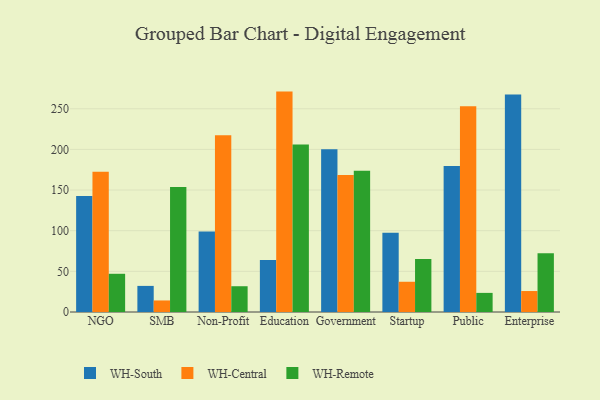
{"axis": {"x": "Segment", "y": "Shipments"}, "legend": ["WH-Central", "WH-Remote", "WH-South"], "data": [{"x": "NGO", "y": 142.7, "type": "WH-South"}, {"x": "NGO", "y": 172.4, "type": "WH-Central"}, {"x": "NGO", "y": 47.0, "type": "WH-Remote"}, {"x": "SMB", "y": 32.1, "type": "WH-South"}, {"x": "SMB", "y": 14.2, "type": "WH-Central"}, {"x": "SMB", "y": 153.9, "type": "WH-Remote"}, {"x": "Non-Profit", "y": 98.9, "type": "WH-South"}, {"x": "Non-Profit", "y": 217.4, "type": "WH-Central"}, {"x": "Non-Profit", "y": 31.7, "type": "WH-Remote"}, {"x": "Education", "y": 63.9, "type": "WH-South"}, {"x": "Education", "y": 271.1, "type": "WH-Central"}, {"x": "Education", "y": 206.0, "type": "WH-Remote"}, {"x": "Government", "y": 200.1, "type": "WH-South"}, {"x": "Government", "y": 168.5, "type": "WH-Central"}, {"x": "Government", "y": 173.8, "type": "WH-Remote"}, {"x": "Startup", "y": 97.5, "type": "WH-South"}, {"x": "Startup", "y": 37.2, "type": "WH-Central"}, {"x": "Startup", "y": 65.2, "type": "WH-Remote"}, {"x": "Public", "y": 179.7, "type": "WH-South"}, {"x": "Public", "y": 253.1, "type": "WH-Central"}, {"x": "Public", "y": 23.5, "type": "WH-Remote"}, {"x": "Enterprise", "y": 267.4, "type": "WH-South"}, {"x": "Enterprise", "y": 25.8, "type": "WH-Central"}, {"x": "Enterprise", "y": 72.3, "type": "WH-Remote"}]}